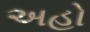
અહો